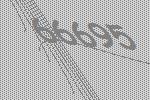
66695